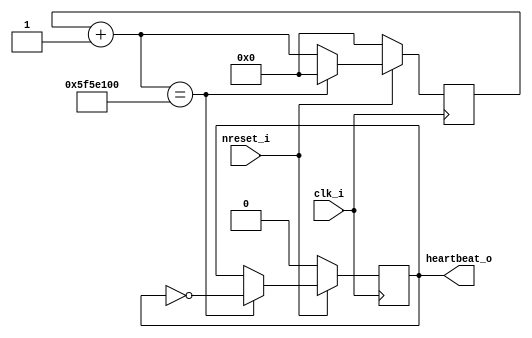
module heartbeat(
	input clk_i,
	input nreset_i,
	output heartbeat_o
);
reg [26:0] cntr;
reg heartbeat;
assign heartbeat_o = heartbeat;
always @(posedge clk_i)
begin
	if (!nreset_i)
	begin
		cntr = 0;
		heartbeat = 0;
	end else	begin
		cntr = cntr + 1'b1;
		if( cntr == 27'd100000000 )
		begin
			cntr = 0;
			heartbeat = !heartbeat;
		end
	end
end
endmodule